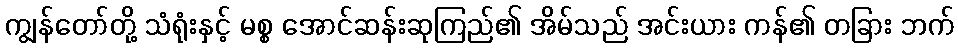
ကျွန်တော်တို့ သံရုံးနှင့် မစ္စ အောင်ဆန်းဆုကြည်၏ အိမ်သည် အင်းယား ကန်၏ တခြား ဘက်